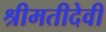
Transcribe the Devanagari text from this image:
श्रीमतीदेवी